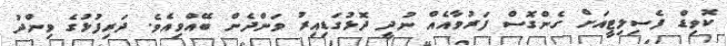
ކޮވިޑް ފެސިލިޓީއަށް ގެންގޮސް ފަރުވާއެއް ނުދީ ދޮޅުގަޑިއިރު ވަންދެން ބޭއްވިއެވެ. ދަރިފުޅުގެ ވިންދު